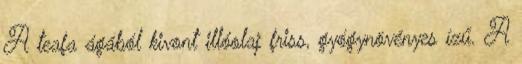
A teafa ágából kivont illóolaj friss, gyógynövényes ízű. A